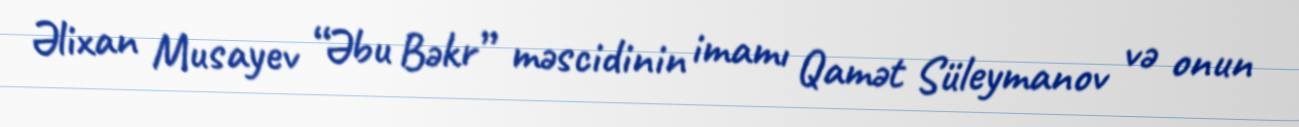
Əlixan Musayev “Əbu Bəkr” məscidinin imamı Qamət Süleymanov və onun